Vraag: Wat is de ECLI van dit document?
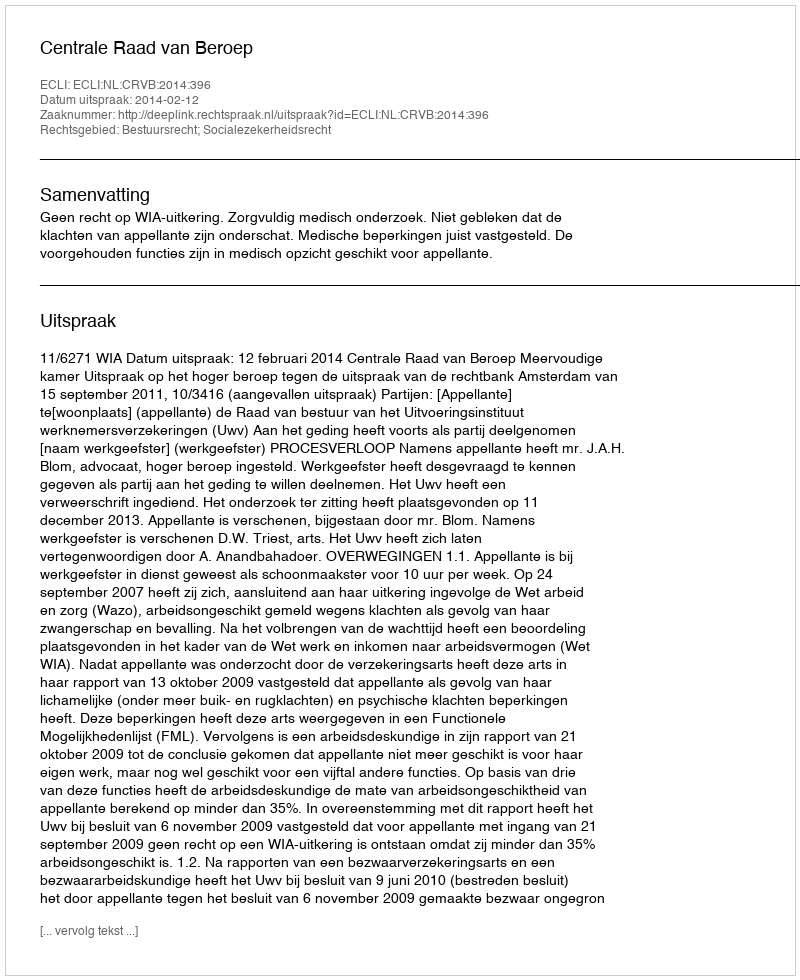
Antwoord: ECLI:NL:CRVB:2014:396